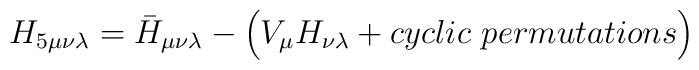
H_{5\mu\nu\lambda} = \bar H_{\mu\nu\lambda}- \Bigl( V_{\mu} H_{\nu\lambda}+ cyclic ~permutations \Bigr)